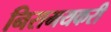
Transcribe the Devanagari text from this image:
निरामयकरी